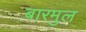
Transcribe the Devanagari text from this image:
बारमुल